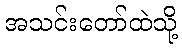
အသင်းတော်ထဲသို့